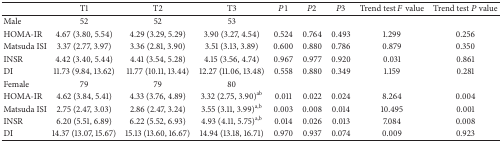
<table><thead><tr><td><b> </b></td><td><b>T1</b></td><td><b>T2</b></td><td><b>T3</b></td><td><b><i>P</i>1</b></td><td><b><i>P</i>2</b></td><td><b><i>P</i>3</b></td><td><b>Trend test <i>F</i> value</b></td><td><b>Trend test <i>P</i> value</b></td></tr></thead><tbody><tr><td>Male</td><td>52</td><td>52</td><td>53</td><td> </td><td> </td><td> </td><td> </td><td> </td></tr><tr><td>HOMA-IR</td><td>4.67 (3.80, 5.54)</td><td>4.29 (3.29, 5.29)</td><td>3.90 (3.27, 4.54)</td><td>0.524</td><td>0.764</td><td>0.493</td><td>1.299</td><td>0.256</td></tr><tr><td>Matsuda ISI</td><td>3.37 (2.77, 3.97)</td><td>3.36 (2.81, 3.90)</td><td>3.51 (3.13, 3.89)</td><td>0.600</td><td>0.880</td><td>0.786</td><td>0.879</td><td>0.350</td></tr><tr><td>INSR</td><td>4.42 (3.40, 5.44)</td><td>4.41 (3.54, 5.28)</td><td>4.15 (3.56, 4.74)</td><td>0.967</td><td>0.977</td><td>0.920</td><td>0.031</td><td>0.861</td></tr><tr><td>DI</td><td>11.73 (9.84, 13.62)</td><td>11.77 (10.11, 13.44)</td><td>12.27 (11.06, 13.48)</td><td>0.558</td><td>0.880</td><td>0.349</td><td>1.159</td><td>0.281</td></tr><tr><td>Female</td><td>79</td><td>79</td><td>80</td><td> </td><td> </td><td> </td><td> </td><td> </td></tr><tr><td>HOMA-IR</td><td>4.62 (3.84, 5.41)</td><td>4.33 (3.76, 4.89)</td><td>3.32 (2.75, 3.90)<sup>ab</sup></td><td>0.011</td><td>0.022</td><td>0.024</td><td>8.264</td><td>0.004</td></tr><tr><td>Matsuda ISI</td><td>2.75 (2.47, 3.03)</td><td>2.86 (2.47, 3.24)</td><td>3.55 (3.11, 3.99)<sup>a,b</sup></td><td>0.003</td><td>0.008</td><td>0.014</td><td>10.495</td><td>0.001</td></tr><tr><td>INSR</td><td>6.20 (5.51, 6.89)</td><td>6.22 (5.52, 6.93)</td><td>4.93 (4.11, 5.75)<sup>a,b</sup></td><td>0.014</td><td>0.026</td><td>0.013</td><td>7.084</td><td>0.008</td></tr><tr><td>DI</td><td>14.37 (13.07, 15.67)</td><td>15.13 (13.60, 16.67)</td><td>14.94 (13.18, 16.71)</td><td>0.970</td><td>0.937</td><td>0.074</td><td>0.009</td><td>0.923</td></tr></tbody></table>